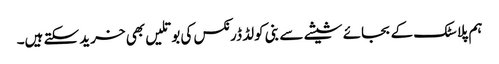
ہم پلاسٹک کے بجائے شیشے سے بنی کولڈ ڈرنکس کی بوتلیں بھی خرید سکتے ہیں۔